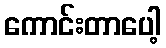
ကောင်းတာပေါ့